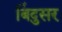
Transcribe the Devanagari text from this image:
बिंदुसर